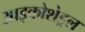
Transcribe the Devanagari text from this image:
आइकोशेड्रल